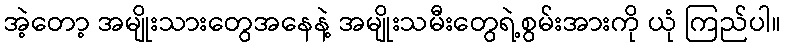
အဲ့တော့ အမျိုးသားတွေအနေနဲ့ အမျိုးသမီးတွေရဲ့စွမ်းအားကို ယုံ ကြည်ပါ။